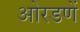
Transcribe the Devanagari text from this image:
ओरडणें